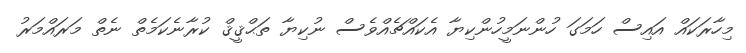
މިހާރަކައް އައިސް ހަމަގަ ހުންނަމީހުންކިޔާ އެކައްޗެއްވެސް ނުކިޔާ ތަޙްޤީޤް ކުރާނެކަމެތް ނެތް މަރައްމަރު